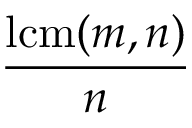
\frac { \operatorname { l c m } ( m , n ) } { n }